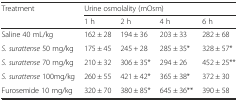
<table><thead><tr><td rowspan="2"><b>Treatment</b></td><td colspan="4"><b>Urine osmolality (mOsm)</b></td></tr><tr><td><b>1 h</b></td><td><b>2 h</b></td><td><b>4 h</b></td><td><b>6 h</b></td></tr></thead><tbody><tr><td>Saline 40 mL/kg</td><td>162 ± 28</td><td>194 ± 36</td><td>203 ± 33</td><td>282 ± 68</td></tr><tr><td><i>S. surattense</i> 50 mg/kg</td><td>175 ± 45</td><td>245 + 28</td><td>285 ± 35*</td><td>328 ± 57*</td></tr><tr><td><i>S. surattense</i> 70 mg/kg</td><td>210 ± 32</td><td>306 ± 35*</td><td>294 ± 26</td><td>452 ± 25**</td></tr><tr><td><i>S. surattense</i> 100mg/kg</td><td>260 ± 55</td><td>421 ± 42*</td><td>365 ± 38*</td><td>372 ± 30</td></tr><tr><td>Furosemide 10 mg/kg</td><td>320 ± 70</td><td>380 ± 85*</td><td>645 ± 36**</td><td>390 ± 58</td></tr></tbody></table>